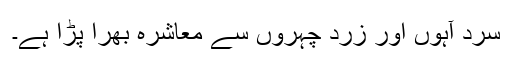
سرد آہوں اور زرد چہروں سے معاشرہ بھرا پڑا ہے۔